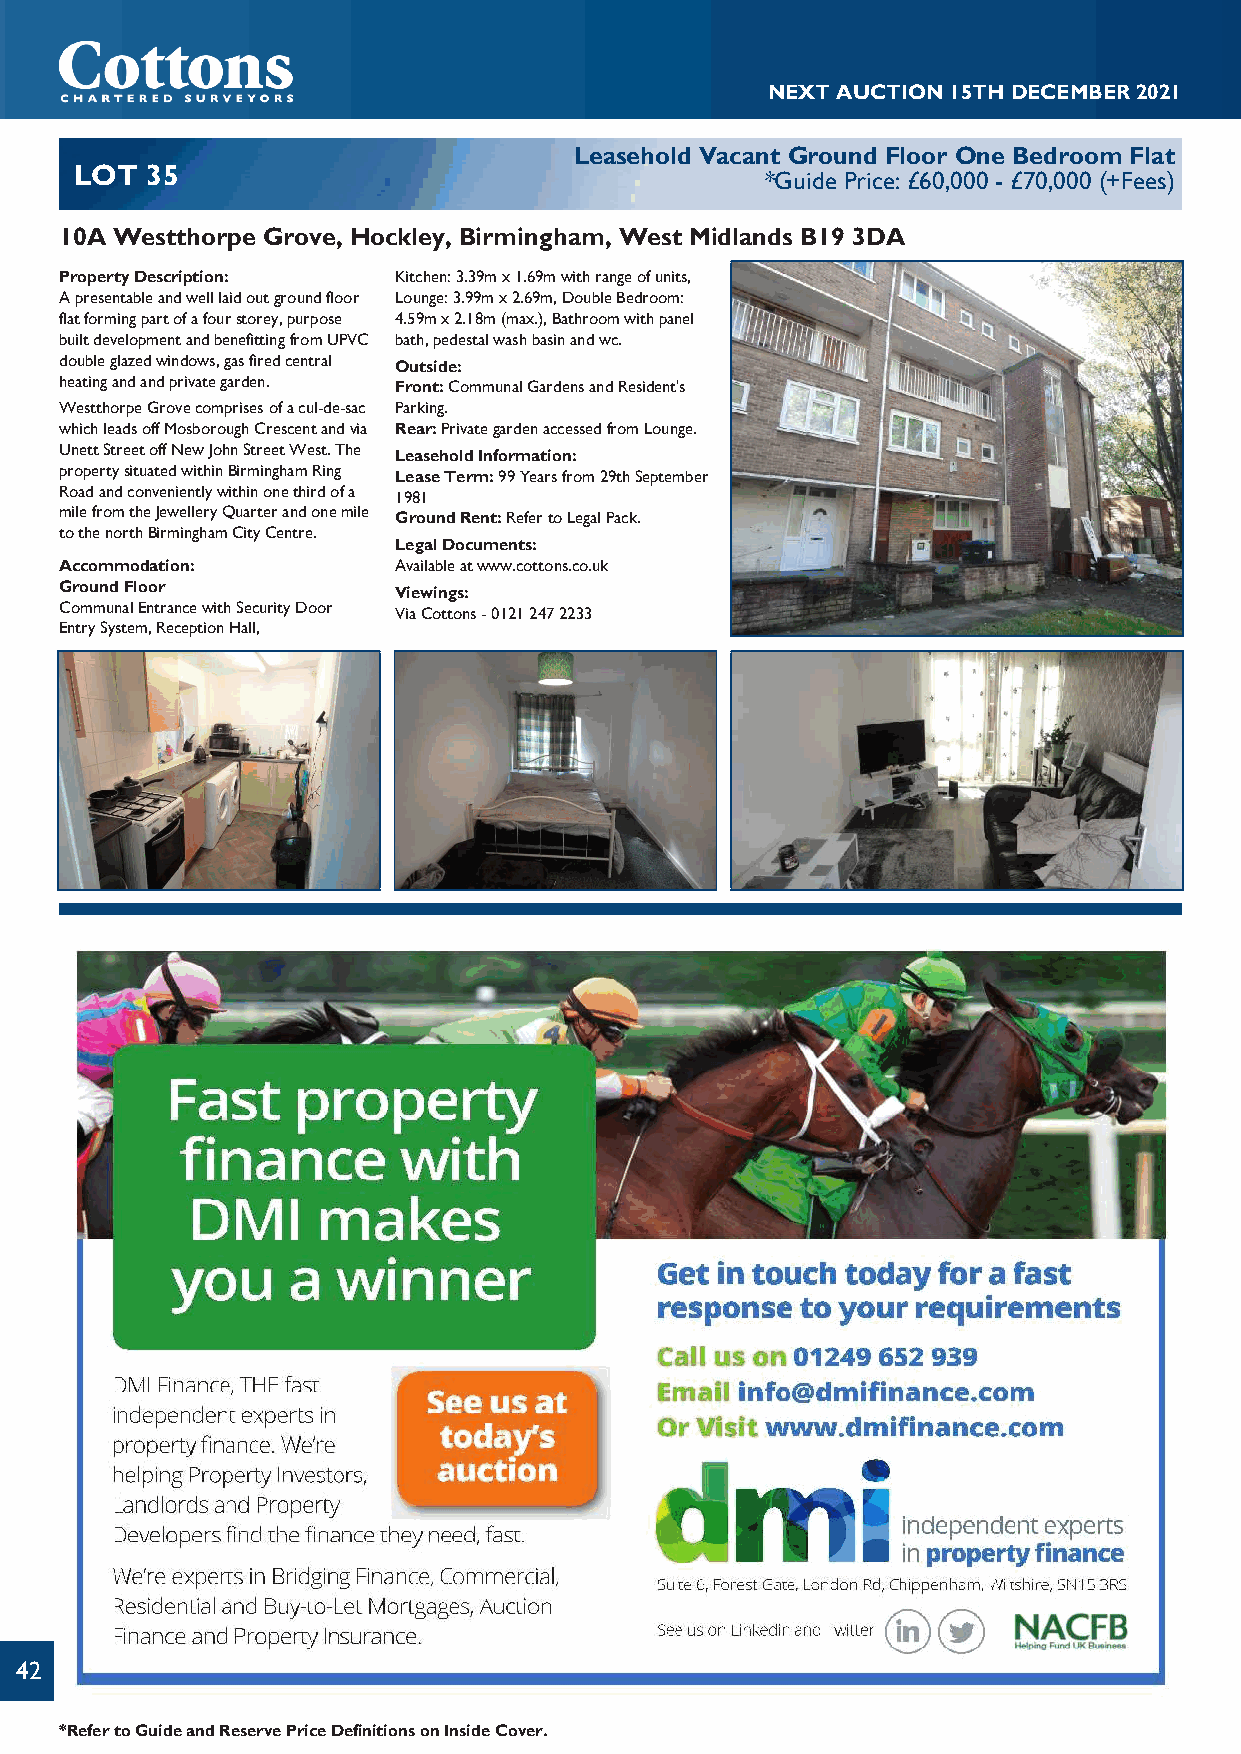
NEXTAUCTION15THDECEMBER2021
 Leasehold Vacant Ground Floor One Bedroom Flat
 LOT  35
 *Guide Price: £60,000 - £70,000 (+Fees)
 10A Westthorpe Grove, Hockley, Birmingham, West Midlands B19 3DA
 PropertyDescription:  Kitchen:3.39mx1.69mwithrangeofunits,
 Apresentableandwelllaidoutgroundfloor Lounge:3.99mx2.69m,DoubleBedroom:
 flatformingpartofafourstorey,purpose 4.59mx2.18m(max.),Bathroomwithpanel
 builtdevelopmentandbenefittingfromUPVC bath,pedestalwashbasinandwc.
 doubleglazedwindows,gasfiredcentral Outside:
 heatingandandprivategarden. Front:CommunalGardensandResident's
 WestthorpeGrovecomprisesofacul-de-sac Parking.
 whichleadsoffMosboroughCrescentandvia Rear:PrivategardenaccessedfromLounge.
 UnettStreetoffNewJohnStreetWest.The LeaseholdInformation:
 propertysituatedwithinBirminghamRing LeaseTerm:99Yearsfrom29thSeptember
 Roadandconvenientlywithinonethirdofa 1981
 milefromtheJewelleryQuarterandonemile GroundRent:RefertoLegalPack.
 tothenorthBirminghamCityCentre.
 LegalDocuments:
 Accommodation:        Availableatwww.cottons.co.uk
 GroundFloor           Viewings:
 CommunalEntrancewithSecurityDoor ViaCottons-01212472233
 EntrySystem,ReceptionHall,
 42
 *RefertoGuideandReservePriceDefinitionsonInsideCover.